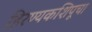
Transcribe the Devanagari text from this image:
हिरण्यकशिपूचा